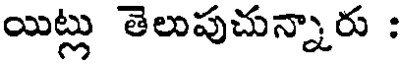
యిట్లు తెలుపుచున్నారు :